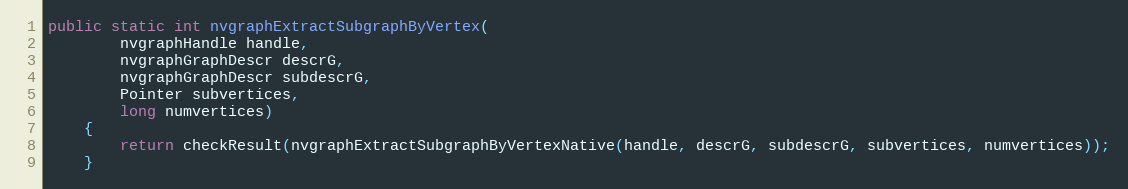
Language: Java
public static int nvgraphExtractSubgraphByVertex(
        nvgraphHandle handle,
        nvgraphGraphDescr descrG,
        nvgraphGraphDescr subdescrG,
        Pointer subvertices,
        long numvertices)
    {
        return checkResult(nvgraphExtractSubgraphByVertexNative(handle, descrG, subdescrG, subvertices, numvertices));
    }